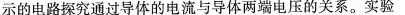
示的电路探究通过导体的电流与导体两端电压的关系。实验